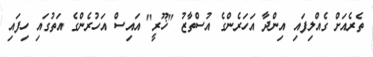
ތެރެއަށް ގެއްލިފައި އިންދާ އަހަރެންގެ އުސްތާޒު "ޚޫރީ" އައިސް އަހުރެންގެ އަތުގައި ހިފައި